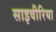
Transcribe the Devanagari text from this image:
साइवीरिया